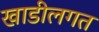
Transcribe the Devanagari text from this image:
खाडीलगत